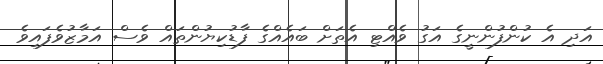
އަދި އެ ކުންފުންނީގެ އަގު ވެއްޓި އެތަށް ބައެއްގެ ފާޑުކިޔުންތައް ވެސް އަމާޒުވެފައިވެ